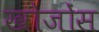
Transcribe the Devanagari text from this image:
खोजोंस